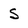
Character: S